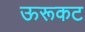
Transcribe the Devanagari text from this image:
ऊरूकट